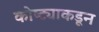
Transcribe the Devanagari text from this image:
कोष्ट्याकडून